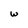
Character: w